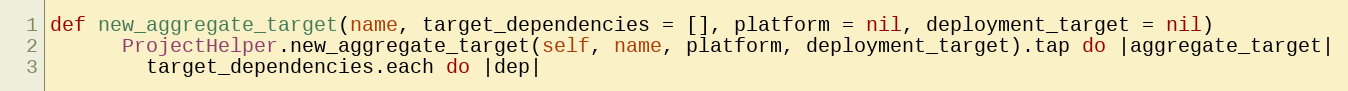
Language: Ruby
def new_aggregate_target(name, target_dependencies = [], platform = nil, deployment_target = nil)
      ProjectHelper.new_aggregate_target(self, name, platform, deployment_target).tap do |aggregate_target|
        target_dependencies.each do |dep|